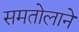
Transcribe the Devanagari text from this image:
समतोलाने